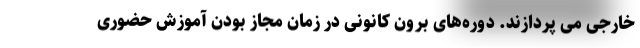
خارجی می پردازند. دوره‌های برون کانونی در زمان مجاز بودن آموزش حضوری